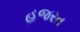
હજરત